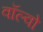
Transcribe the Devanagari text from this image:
वॉल्‍वो